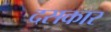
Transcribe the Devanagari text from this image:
दसकार